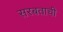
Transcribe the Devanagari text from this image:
सरबताची